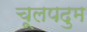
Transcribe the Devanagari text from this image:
चूलपदुम